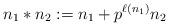
LaTeX: \begin{align*}n_1 * n_2 := n_1 + p^{\ell(n_1)} n_2 \end{align*}